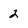
Character: 2